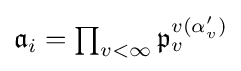
\textstyle {\mathfrak {a}}_{i}=\prod _{v<\infty }{\mathfrak {p}}_{v}^{v(\alpha '_{v})}